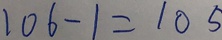
1 0 6 - 1 = 1 0 5